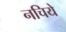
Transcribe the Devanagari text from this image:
नचिये